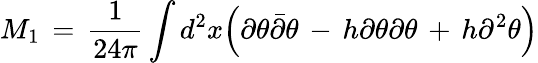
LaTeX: M_{1}\, =\, {\frac{1}{24\pi}}\int d^{2}x\Big(\partial\theta{\bar{\partial}}\theta\, -\, h\partial\theta\partial\theta\, +\, h\partial^{2}\theta\Big)